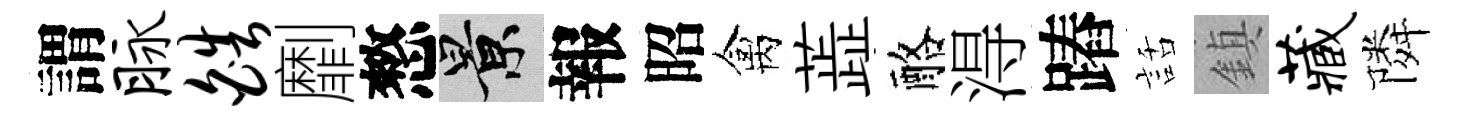
謂脉皓劘憗景報昭禽蕋酪淂蹖話鎮藏隣